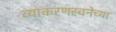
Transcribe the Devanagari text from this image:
व्याकरणरचनेच्या